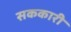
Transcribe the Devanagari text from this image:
सककारी